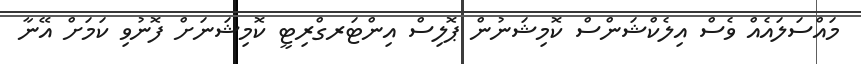
މައްސަލައެއް ވެސް އިލެކްޝަންސް ކޮމިޝަނުން ޕޮލިސް އިންޓަރގްރިޓީ ކޮމިޝަނަށް ފޮނުވި ކަމަށް އޭނާ